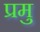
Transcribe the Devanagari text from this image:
प्रमु